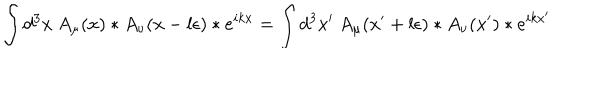
\int d ^ { 3 } x ~ A _ { \mu } ( x ) \ast A _ { \nu } ( x - l \epsilon ) \ast e ^ { i k x } = \int d ^ { 3 } x ^ { \prime } ~ A _ { \mu } ( x ^ { \prime } + l \epsilon ) \ast A _ { \nu } ( x ^ { \prime } ) \ast e ^ { i k x ^ { \prime } }